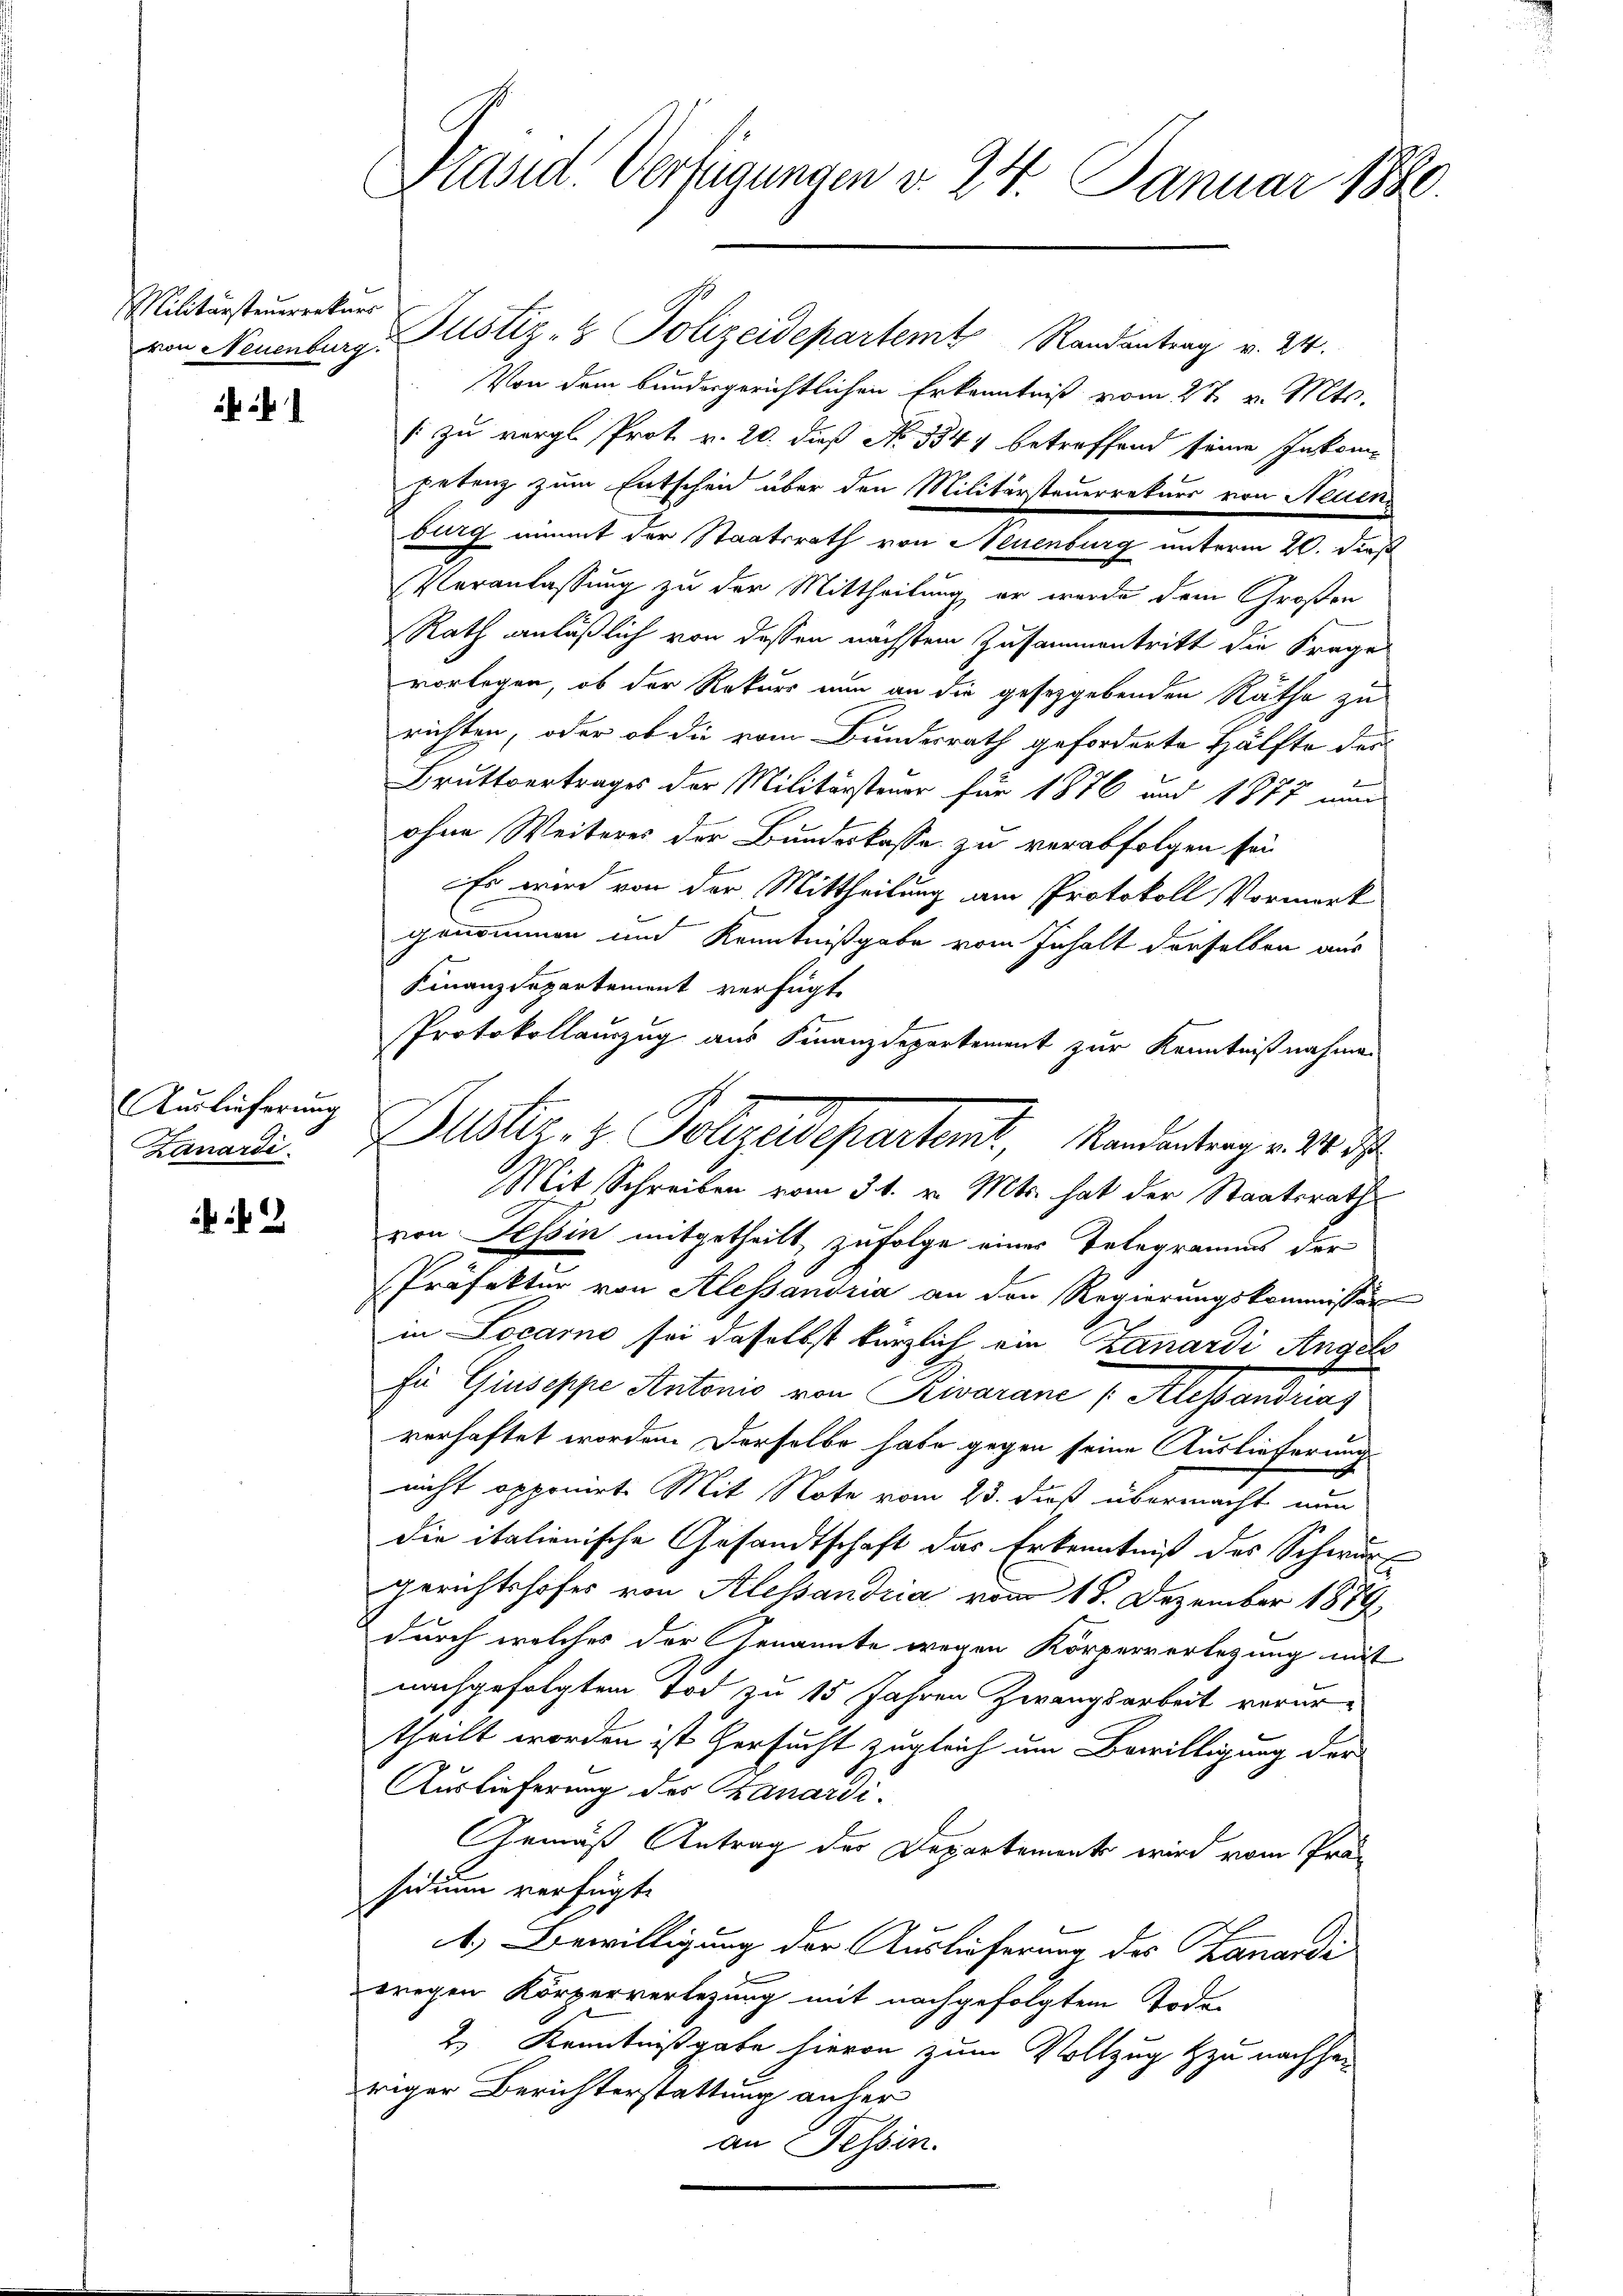
Militärsteuerrekurr

Auslieferung
Zanardi

2

Präsid. Verfügungen v. 24. Januar 1880.

von Neuenburg Altstiz- & Polizeidepartem Randantrag v. 24.
Von dem bundergerichtlichen Erkenntniß vom 27. v. Mts.
1 zu vergl. Prot v. 20. dieß No. 5347 betreffend seine Inkompetenz zum Entscheid über den Militärsteuerrekurs von Neuen
burg nimmt der Staatsrath von Neuenburg unterm 20. dieß
Veranlassung zu der Mittheilung er wurde dem Großen
Rath anläßlich von dessen nächstem Zusammentritt die Frage
vorlegen, ob der Rekurs nun an die gesetzgebenden Räthe zu
richten, oder ob die vom Bundesrath geforderte Hälfte der
Bruttvertrages der Militärsteuer für 1876 und 1877 nun
ohne Weiteres der Bundeskasse zu verabfolgen sei
Es wird von der Mittheilung am Protokoll Vormerk
genommen und Kenntnißgabe vom Inhalt derselben aus
Finanzdepartement verfügt
Protokollauszug aus Finanzdepartement zur Kenntnißnahme
Mit Schreiben vom 31. v. Mts. hat der Staatsrath
von Tessin mitgetheilt, zufolge eines Telegramms der
Präfektur von Alessandria an den Regierungskommissär
in Locarno sei daselbst kürzlich ein Zanardi Angels
Zu Giuseppe Antonis von Rivarane / Alessandtens
verhaftet worden. Derselbe habe gegen seine Auslieferung
nicht opponirt. Mit Note vom 23. dieß übermacht nun
die italienische Gesandtschaft das Erkenntniß des Schwur
gerichtshofes von Alessandria vom 18. Dezember 1879
durch welches der Genannte wegen Körperverlegung mit
nachgefolgtem Tod zu 15 Jahren Zwangsarbeit verurtheilt worden ist hersucht zugleich um Bewilligung der
Auslieferung des Kanardi.
Gemäß Antrag der Departements wird vom Präsidium verfügt:
4.) Bewilligung der Auslieferung des Lanardi
wegen Körperverlegung mit nachgefolgtem Tode
2.) Kenntnißgabe hievon zum Vollzug zu nachher
riger Berichterstattung anher
an Tessin.

Zustiz- & Polizeidepartent, Mandantrag v. 10 3/